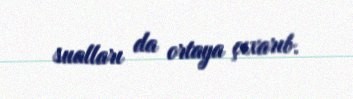
sualları da ortaya çıxarıb.